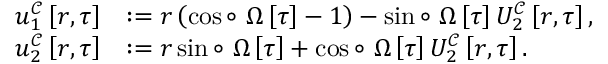
\begin{array} { r l } { u _ { 1 } ^ { \mathcal { C } } \left[ r , \tau \right] } & { : = r \left( \cos \circ ~ \Omega \left[ \tau \right] - 1 \right) - \sin \circ ~ \Omega \left[ \tau \right] U _ { 2 } ^ { \mathcal { C } } \left[ r , \tau \right] , } \\ { u _ { 2 } ^ { \mathcal { C } } \left[ r , \tau \right] } & { : = r \sin \circ ~ \Omega \left[ \tau \right] + \cos \circ ~ \Omega \left[ \tau \right] U _ { 2 } ^ { \mathcal { C } } \left[ r , \tau \right] . } \end{array}